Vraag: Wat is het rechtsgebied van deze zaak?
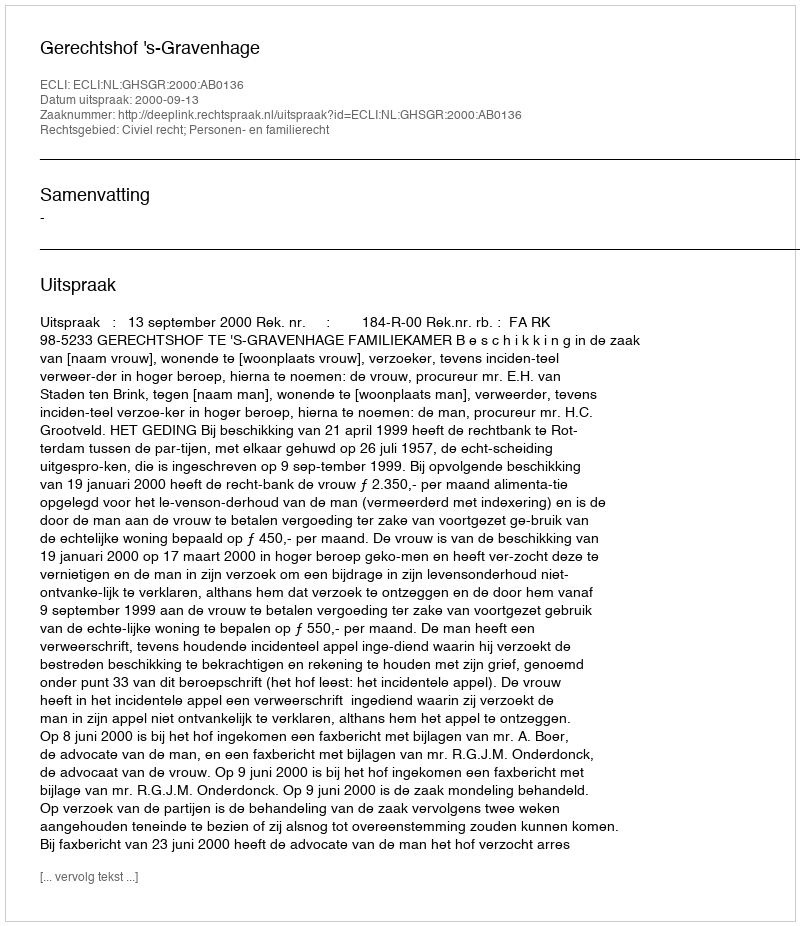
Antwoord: Civiel recht; Personen- en familierecht